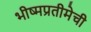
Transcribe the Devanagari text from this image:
भीष्मप्रतीमेची